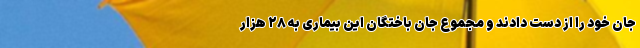
جان خود را از دست دادند و مجموع جان باختگان این بیماری به ۲۸ هزار